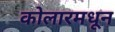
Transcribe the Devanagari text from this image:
कोलारमधून